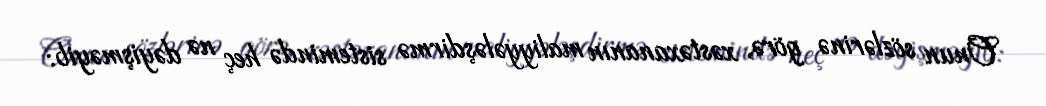
Onun sözlərinə görə, xəstəxananın maliyyələşdirmə sistemində heç nə dəyişməyib: